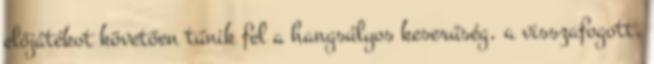
előjátékot követően tűnik fel a hangsúlyos keserűség, a visszafogott,